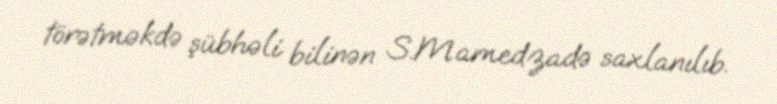
törətməkdə şübhəli bilinən S.Mamedzadə saxlanılıb.